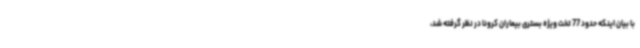
با بیان اینکه حدود 77 تخت ویژه بستری بیماران کرونا در نظر گرفته شد،